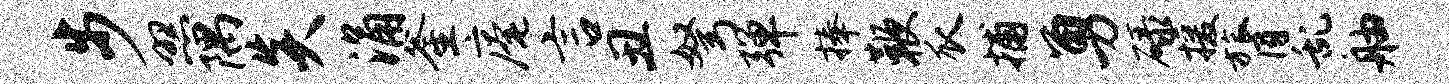
步照隅炎涌釜庵言丑弩弹捧鞭瓜捕勇碌援膂乱舳